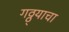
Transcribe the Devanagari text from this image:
गठ्ठ्याचा